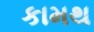
કામથ